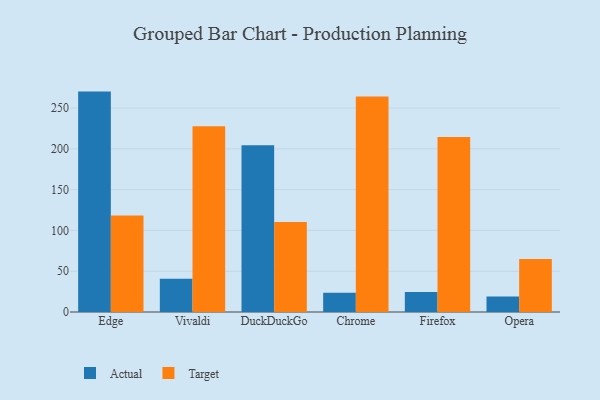
{"axis": {"x": "Browser", "y": "Conversion Rate (%)"}, "legend": ["Actual", "Target"], "data": [{"x": "Edge", "y": 270.2, "type": "Actual"}, {"x": "Edge", "y": 118.2, "type": "Target"}, {"x": "Vivaldi", "y": 40.8, "type": "Actual"}, {"x": "Vivaldi", "y": 227.8, "type": "Target"}, {"x": "DuckDuckGo", "y": 204.5, "type": "Actual"}, {"x": "DuckDuckGo", "y": 110.3, "type": "Target"}, {"x": "Chrome", "y": 23.6, "type": "Actual"}, {"x": "Chrome", "y": 264.1, "type": "Target"}, {"x": "Firefox", "y": 24.6, "type": "Actual"}, {"x": "Firefox", "y": 214.4, "type": "Target"}, {"x": "Opera", "y": 19.0, "type": "Actual"}, {"x": "Opera", "y": 65.1, "type": "Target"}]}